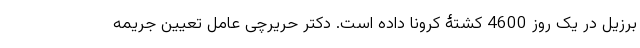
برزیل در یک روز 4600 کشتۀ کرونا داده است. دکتر حریرچی عامل تعیین جریمه